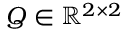
Q \in \mathbb { R } ^ { 2 \times 2 }